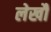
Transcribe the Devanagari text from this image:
लेखौं